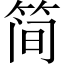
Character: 简